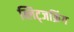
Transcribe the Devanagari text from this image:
ब्लिट्जक्रिंग